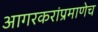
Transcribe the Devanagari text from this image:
आगरकरांप्रमाणेच